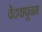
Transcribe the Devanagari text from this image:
वेदवापूनम